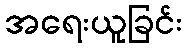
အရေးယူခြင်း